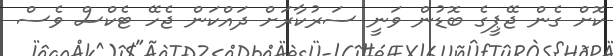
ކޮށް ގެން ޖޭޕީގެ ބޮޑުން ވަނީ ސަރުކާރަށް ދައްކަން ޖެހޭ ޓެކްސް ވެސް